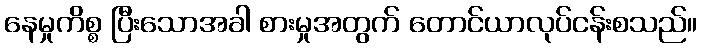
နေမှုကိစ္စ ပြီးသောအခါ စားမှုအတွက် တောင်ယာလုပ်ငန်းစသည်။